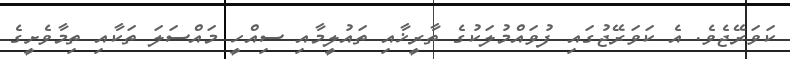
ކަވަރޭޖެވެ. އެ ކަވަރޭޖުގައި ފުވައްމުލަކުގެ ތާރީޚާއި ތައުލީމާއި ސިއްހީ މައްސަލަ ތަކާއި ތިމާވެށީގެ